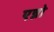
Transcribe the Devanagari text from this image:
एन्नो